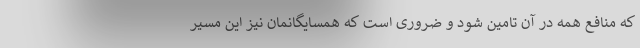
که منافع همه در آن تامین شود و ضروری است که همسایگانمان نیز این مسیر